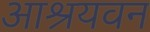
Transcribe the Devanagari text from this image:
आश्रयवन